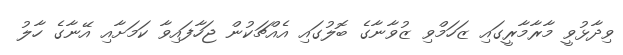
ވިދާޅުވީ މާރާމާރީގައި ޒަހަމްވި ޒުވާނާގެ ބޮލުގައި އެއްޗަކުން ޖަހާފައިވާ ކަމަށާއި އޭނާގެ ހާލު